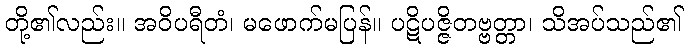
တို့၏လည်း။ အဝိပရီတံ၊ မဖောက်မပြန်။ ပဋိပဇ္ဇိတဗ္ဗတ္တာ၊ သိအပ်သည်၏